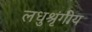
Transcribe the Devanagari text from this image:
लधुश्रृंगीय